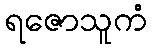
ရဇောသူကံ